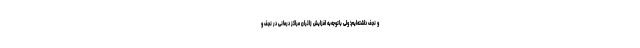
و نجف داشته‌ایم؛ ولی باتوجه‌به افزایش زائران مراکز درمانی در نجف و